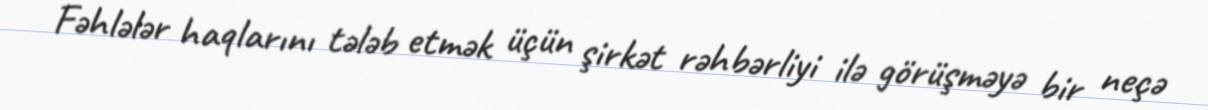
Fəhlələr haqlarını tələb etmək üçün şirkət rəhbərliyi ilə görüşməyə bir neçə